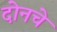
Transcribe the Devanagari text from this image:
दोनचे